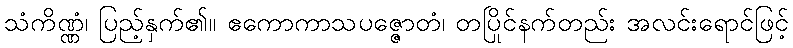
သံကိဏ္ဏံ၊ ပြည့်နှက်၏။ ဧကောကာသပဇ္ဇောတံ၊ တပြိုင်နက်တည်း အလင်းရောင်ဖြင့်